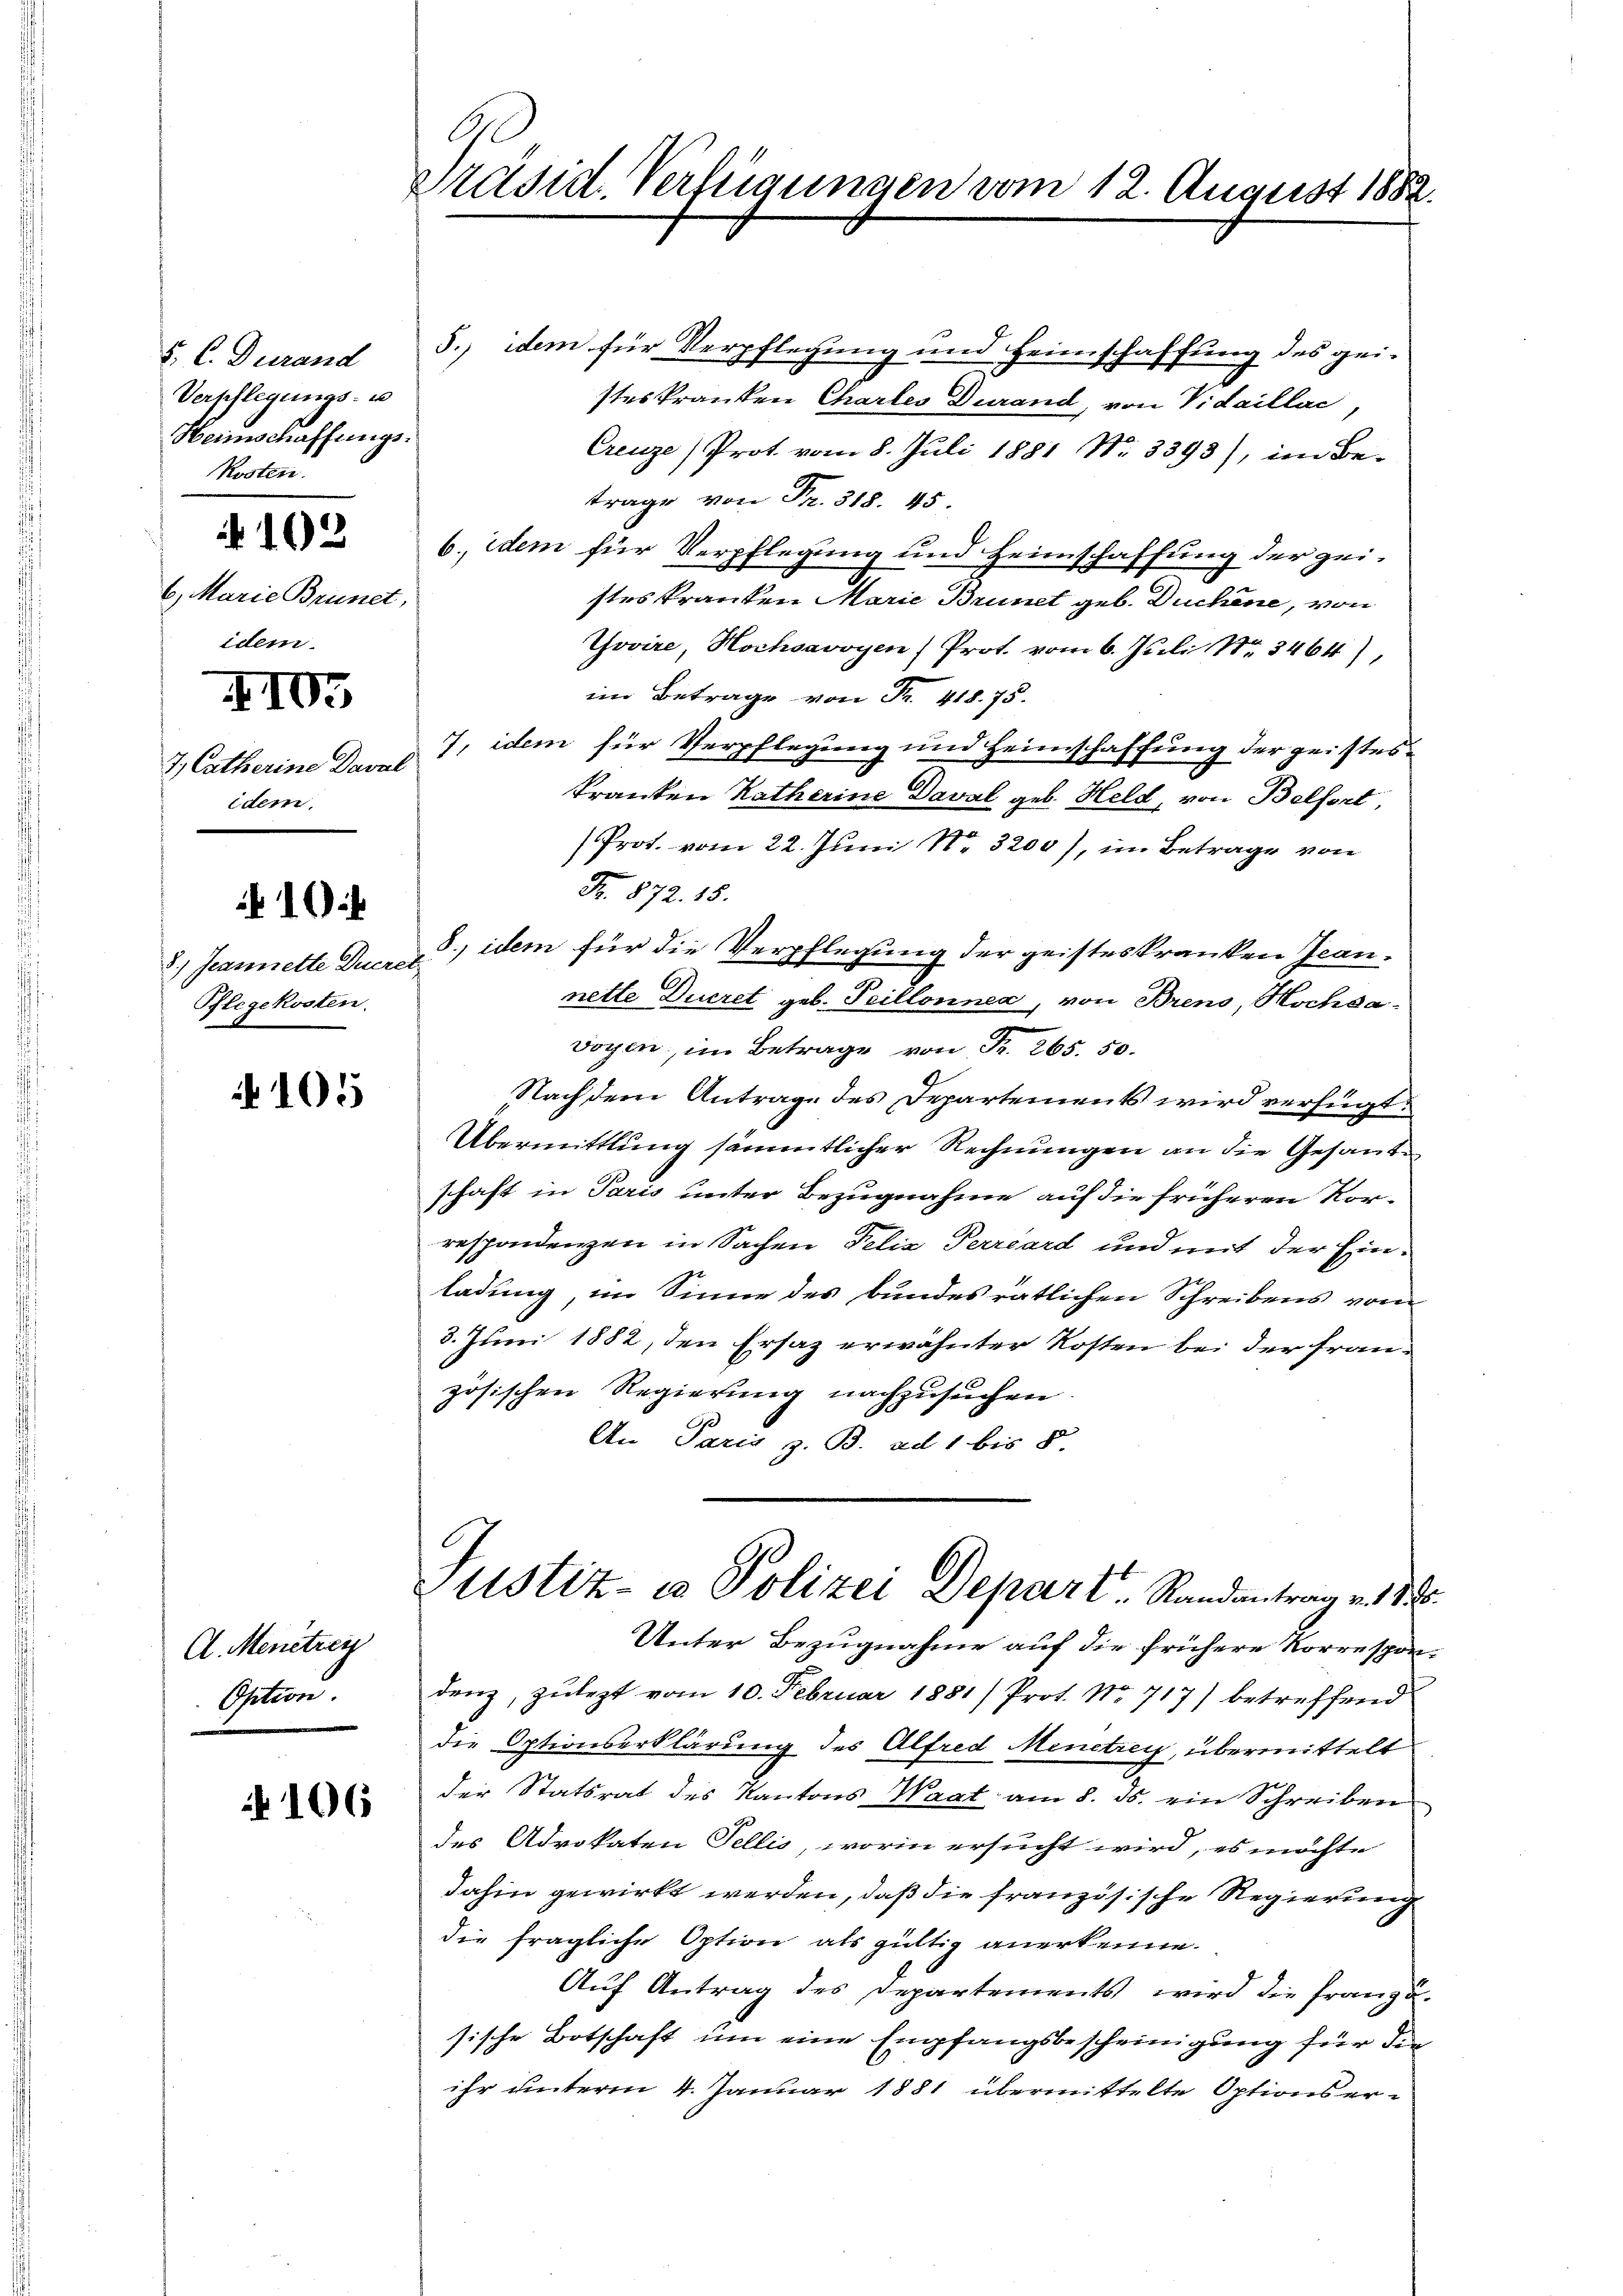
Verpflegungs- u
Heimschaffungs¬
Kosten.
 103
6, Marie Brunet,
idem.

03

7.) Catherine Dawal
idem.

10

8.) Jeanette Ducret
Pflegekosten.

105

A. Menetzen
Option.

N 106

C
Präsid. Verfügungen vom 12. August 1882.

5. C. Durand 5.) idem für Verpflegung und Heimschaffung des gei-
stes kranken Chartes Durand, von Vidaillac
Creuze) Prot. vom 8. Juli 1881 Nr. 3393), im Betrage von Fr. 318. 45.
6. dem für Verpflegung und Heimschaffung der zei-
stes Pranten Marie Brunet geb. Duchene, von
Tovire, Hochsavoyen Prot. vom 6. Juli 188. 3464),
im Betrage von Fr. 418. 75.
7, idem für Verpflegung und Heimschaffung der geistes¬
Tranten Ratherine Daval geb. Held, von Belfort,
Prot. vom 22. Juni 18. 3200), im Betrage von
Fr. 872. 18.
8., idem für die Verpflegung der geisteskranken Jeannette Ducret geb. Teillonner, von Brens, Hochsavoyen, im Betrage von Fr. 265. 50.
Nach dem Antrage des Departements wird verfügt:
Übermittlung sämmtlicher Rechnungen an die Gesandschaft in Paris unter Bezugnahme auf die früheren Korrespondenzen in Sachen Felix Terrard und mit der Einladung, im Sinne des bundesrätlichen Schreibens vom
3. Juni 1882, den Ersaz erwähnter Kosten bei der Französischen Regierung nachzusuchen.
An Paris z. B. ad 1 bis 5.
Justiz- & Polizei Depart Randantrag v. 188
Unter Bezugnahme auf die frühere Korrespondenz, zulezt vom 10. Februar 1881/ Prot. No 717) betreffend
die Optionserklärung des Alfred Menetrey, übermittelt
der Statsrat des Kantons Waat am 8. ds. ein Schreiben
des Advokaten Fellis, worin ersucht wird, es möchte
dahin gewirkt werden, daß die französische Regierung
die fragliche Option als gültig anerkenne.
Auf Antrag des Departements, wird die Franzu-
sische Botschaft um eine Empfangsbescheinigung für die
ihr unterm 4. Januar 1881 übermittelte Optionser¬